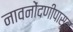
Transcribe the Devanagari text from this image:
नावनोंदणीपासून